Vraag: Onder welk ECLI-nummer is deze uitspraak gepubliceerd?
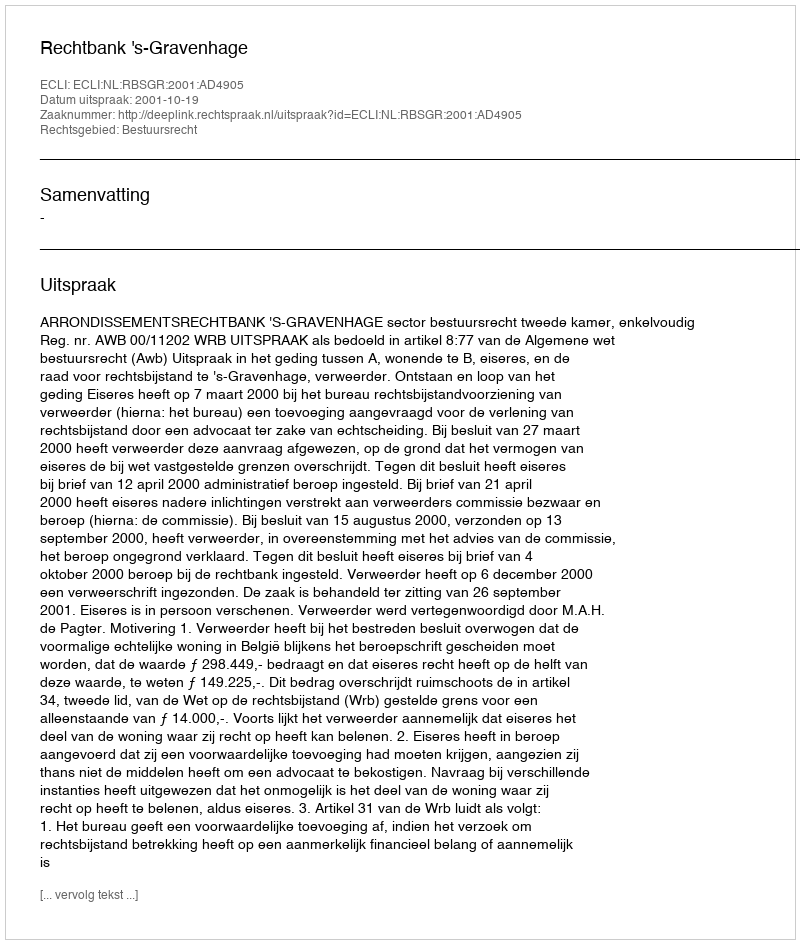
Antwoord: ECLI:NL:RBSGR:2001:AD4905